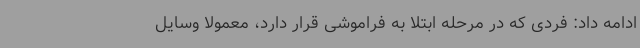
ادامه داد: فردی که در مرحله ابتلا به فراموشی قرار دارد، معمولاً وسایل